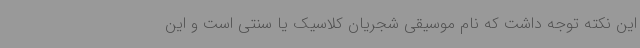
این نکته توجه داشت که نام موسیقی شجریان کلاسیک یا سنتی است و این